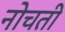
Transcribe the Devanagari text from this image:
नोचती